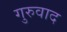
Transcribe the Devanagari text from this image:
गुरुवाद